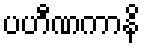
ပဟီဏကာနိ